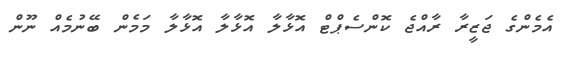
އެމެންގެ ޖަޒީރާ ރާއްޖެ ކޮންސެޕްޓް އޮޅާލާ އޮޅާލާ އޮޅާލާ މަމެން ބޭނުމެއް ނޫން